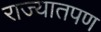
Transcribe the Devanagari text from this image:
राज्यातपण